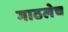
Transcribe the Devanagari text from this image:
गाठलेच